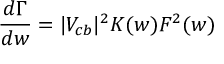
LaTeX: \frac { d \Gamma } { d w } = | V _ { c b } | ^ { 2 } K ( w ) { \cal F } ^ { 2 } ( w )